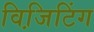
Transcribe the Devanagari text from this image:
विजि़टिंग